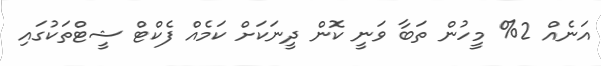
އަނެއް 2% މީހުން ތަބާ ވަނީ ކޮން ދީނަކަށް ކަމެއް ފެކްޓް ޝީޓްތަކުގައި